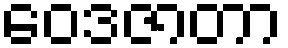
ဝေဒဇာတာ